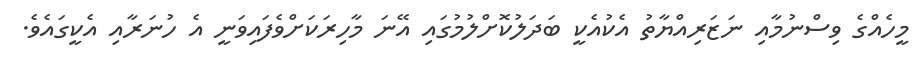
މީހެއްގެ ވިސްނުމާއި ނަޒަރިއްޔާތު އެކުއެކީ ބަދަލުކޮށްލުމުގައި އޭނަ މާހިރަކަށްވެފައިވަނީ އެ ހުނަރާއި އެކީގައެވެ.